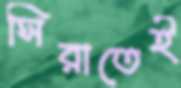
সিরাতেই